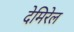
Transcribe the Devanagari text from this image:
देमिरेल